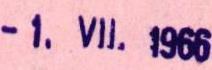
-1.VI.1966